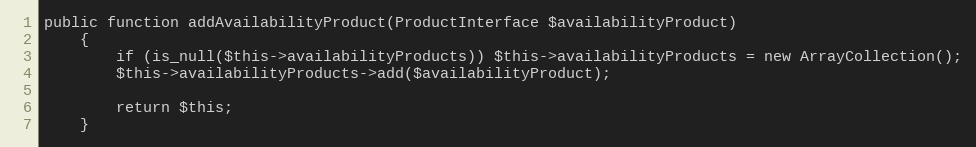
Language: PHP
public function addAvailabilityProduct(ProductInterface $availabilityProduct)
    {
        if (is_null($this->availabilityProducts)) $this->availabilityProducts = new ArrayCollection();
        $this->availabilityProducts->add($availabilityProduct);

        return $this;
    }